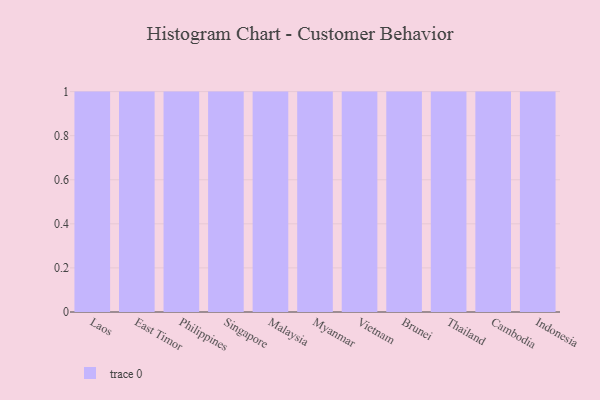
{"axis": {"x": "Country", "y": "Satisfaction Score"}, "legend": [""], "data": [{"x": "Laos", "y": 52, "type": ""}, {"x": "East Timor", "y": 72, "type": ""}, {"x": "Philippines", "y": 81, "type": ""}, {"x": "Singapore", "y": 22, "type": ""}, {"x": "Malaysia", "y": 42, "type": ""}, {"x": "Myanmar", "y": 22, "type": ""}, {"x": "Vietnam", "y": 65, "type": ""}, {"x": "Brunei", "y": 65, "type": ""}, {"x": "Thailand", "y": 95, "type": ""}, {"x": "Cambodia", "y": 48, "type": ""}, {"x": "Indonesia", "y": 7, "type": ""}]}